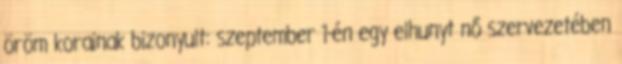
öröm korainak bizonyult: szeptember 1-én egy elhunyt nő szervezetében